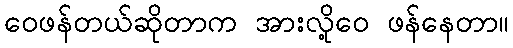
ဝေဖန်တယ်ဆိုတာက အားလို့ဝေ ဖန်နေတာ။